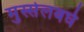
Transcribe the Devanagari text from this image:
मुस्सेलबर्घ